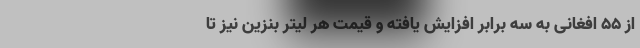
از ۵۵ افغانی به سه برابر افزایش یافته و قیمت هر لیتر بنزین نیز تا